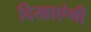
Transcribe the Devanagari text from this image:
दिखाएंगी